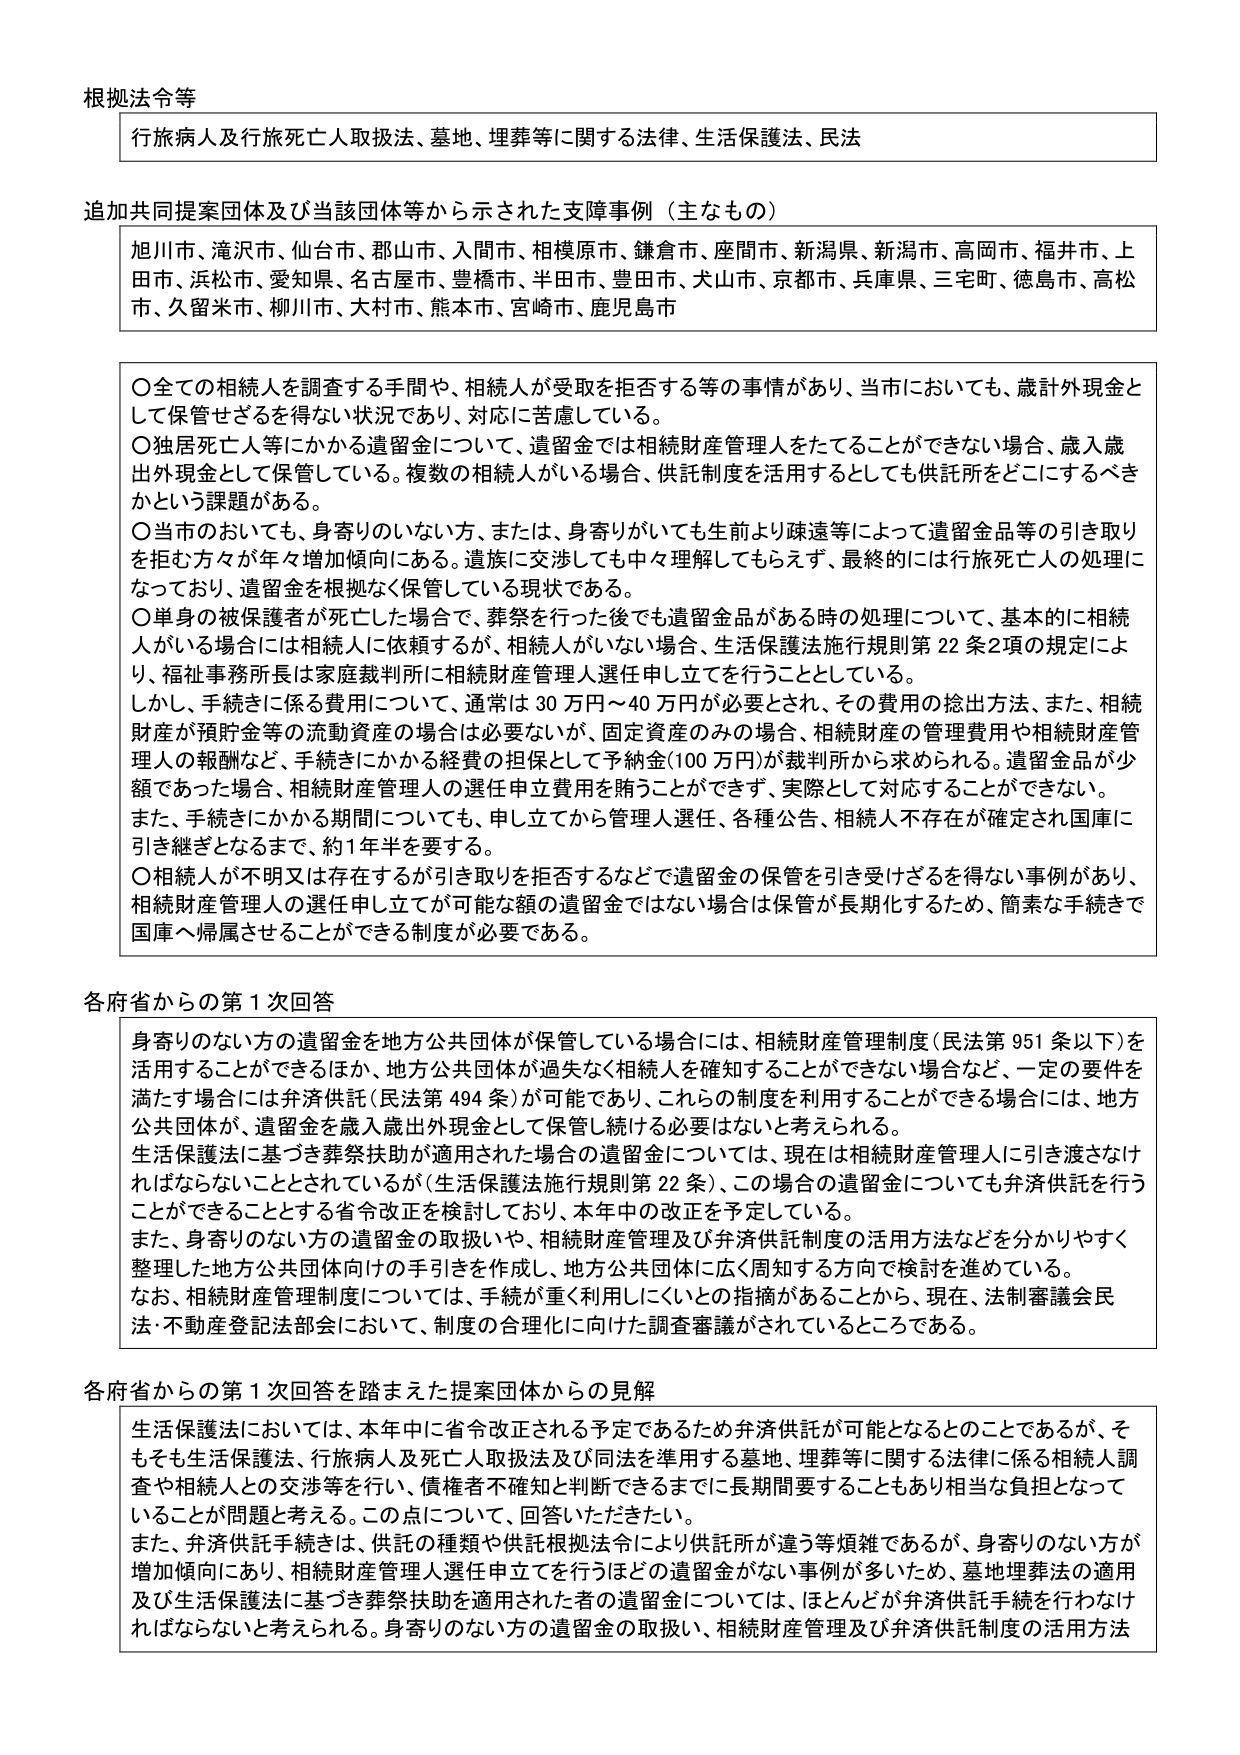
根拠法令等
行旅病人及行旅死亡人取扱法、墓地、埋葬等に関する法律、生活保護法、民法

追加共同提案団体及び当該団体等から示された支障事例（主なもの）
旭川市、滝沢市、仙台市、郡山市、入間市、相模原市、鎌倉市、座間市、新潟県、新潟市、高岡市、福井市、上田市、浜松市、愛知県、名古屋市、豊橋市、半田市、豊田市、大山市、京都市、兵庫県、三宅町、徳島市、高松市、久留米市、柳川市、大村市、熊本市、宮崎市、鹿児島市

〇全ての相続人を調査する手間や、相続人が受取を拒否する等の事情があり、当市においても、歳計外現金として保管せざるを得ない状況であり、対応に苦慮している。
〇独居死亡人等にかかる遺留金について、遺留金では相続財産管理人をたてることができない場合、歳入歳出外現金として保管している。複数の相続人がいる場合、供託制度を活用するとしても供託所をどこにするべきかという課題がある。
〇当市のおいても、身寄りのいない方、または、身寄りがいても生前より疎遠等によって遺留金品等の引き取りを拒む方が年々増加傾向にある。遺族に交渉しても中々理解してもらえず、最終的には行旅死亡人の処理になっており、遺留金を根拠なく保管している現状である。
〇単身の被保護者が死亡した場合で、葬祭を行った後でも遺留金品がある時の処理について、基本的に相続人がいる場合には相続人に依頼するが、相続人がいない場合、生活保護法施行規則第22条2項の規定により、福祉事務所長は家庭裁判所に相続財産管理人選任申立をを行うこととしている。
しかし、手続きに係る費用について、通常は30万円～40万円が必要とされ、その費用の捻出方法、また、相続財産が預貯金等の流動資産の場合は必要ないが、固定資産のみの場合、相続財産の管理費用や相続財産管理人の報酬など、手続きにかかる経費の担保として予納金（100万円）が裁判所から求められる。遺留金品が少額であった場合、相続財産管理人の選任申立費用を賄うことができず、実際として対応することができない。
また、手続きにかかる期間についても、申立してから管理人選任、各種公告、相続人不存在が確定され国庫に引き継ぎとなるまで、約1年半を要する。
〇相続人が不明又は存在するが引き取りを拒否するなどで遺留金の保管を引き受けざるを得ない事例があり、相続財産管理人の選任申立が可能な額の遺留金ではない場合は保管が長期化するため、簡素な手続きで国庫へ帰属させることができる制度が必要である。

各府省からの第1次回答
身寄りのない方の遺留金を地方公共団体が保管している場合には、相続財産管理制度（民法第951条以下）を活用することができるほか、地方公共団体が過失なく相続人を確認することができない場合など、一定の要件を満たす場合には弁済供託（民法第494条）が可能であり、これらの制度を利用することができる場合には、地方公共団体が、遺留金を歳入歳出外現金として保管し続ける必要はないと考えられる。
生活保護法に基づき葬祭扶助が適用された場合の遺留金については、現在は相続財産管理人に引き渡さなければならないこととされているが（生活保護法施行規則第22条）、この場合の遺留金についても弁済供託を行うことができるとの省令改正を検討しており、本年中の改正を予定している。
また、身寄りのない方の遺留金の取扱いや、相続財産管理及び弁済供託制度の活用方法などを分かりやすく整理した地方公共団体向けの手引きを作成し、地方公共団体に広く周知する方向で検討を進めている。
なお、相続財産管理制度については、手続が重く利用しにくいとの指摘があることから、現在、法制審議会民法・不動産登記法部会において、制度の合理化に向けた調査審議がされているところである。

各府省からの第1次回答を踏まえた提案団体からの見解
生活保護法においては、本年中に省令改正される予定であるため弁済供託が可能となるとのことであるが、そもそも生活保護法、行旅病人及死亡人取扱法及び同法を準用する墓地、埋葬等に関する法律に係る相続人調査や相続人との交渉等を行い、債権者不確知と判断できるまでに長期間要することもあり相当な負担となっていることが問題と考える。この点について、回答いただきたい。
また、弁済供託手続きは、供託の種類や供託根拠法令により供託所が違う等煩雑であるが、身寄りのない方が増加傾向にあり、相続財産管理人選任申立を行うほどの遺留金がない事例が多いため、墓地埋葬法の適用及び生活保護法に基づき葬祭扶助を適用された者の遺留金については、ほとんどが弁済供託手続を行わなければならないと考えられる。身寄りのない方の遺留金の取扱い、相続財産管理及び弁済供託制度の活用方法